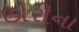
છોરીના